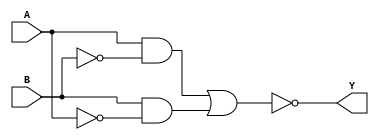
module xor_gate (
    input A,
    input B,
    output Y
);

wire intermed_output;
wire inv_B;

assign inv_B = ~B;
assign intermed_output = (A & inv_B) | (B & ~A);
assign Y = ~intermed_output;

endmodule